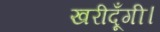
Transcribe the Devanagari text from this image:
खरीदूँगी।